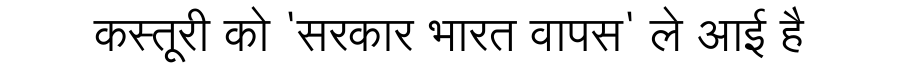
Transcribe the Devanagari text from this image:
कस्तूरी को 'सरकार भारत वापस' ले आई है